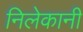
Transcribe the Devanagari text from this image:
निलेकानी